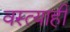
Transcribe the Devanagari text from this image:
वस्त्याही